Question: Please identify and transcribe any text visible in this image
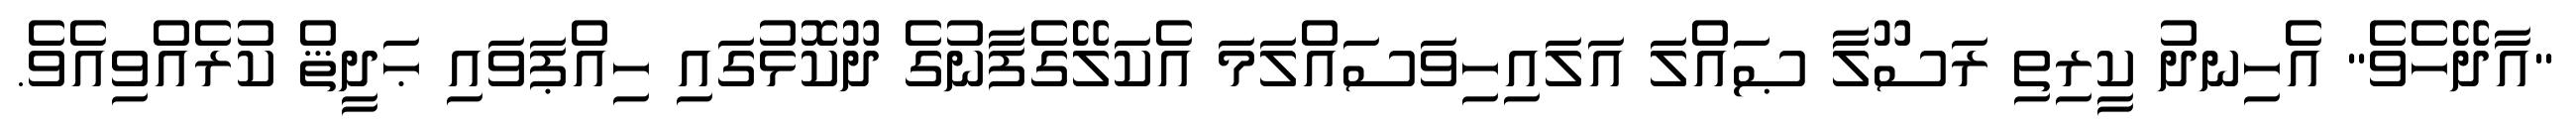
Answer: "އާދޭހެވެ" އެހިނދު ކީރިތި ރަސޫލާ ޞައްލަ އަލައިހިވަސައްލަމަ އެކަލޭގެފާނުގެ ދޫކޮޅުގައި ހިއްޕަވައި ޙަދީޘް ކުރެއްވިއެވެ.